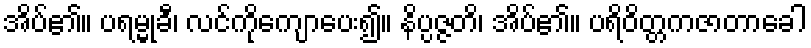
အိပ်၏။ ပရမ္မုခီ၊ လင်ကိုကျောပေး၍။ နိပ္ပဇ္ဇတိ၊ အိပ်၏။ ပရိဝိတ္တကဇာတာခေါ